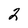
Character: 2